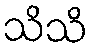
သိသိ